Vaccination in Bombay 1924-1928 - 1924-1928
Year: 1924
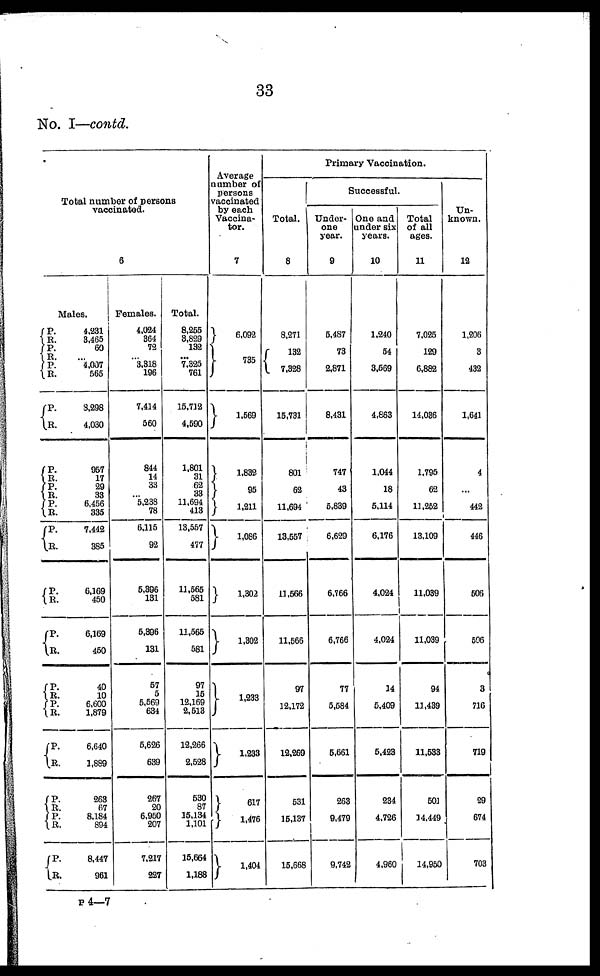
33
No. I—contd.
Total number of persons
vaccinated.
6
Males.
P.
R.
P.
R.
P.
R.
P.
R.
P.
R.
P.
R.
P.
R.
P.
R.
P.
R.
P.
R.
P.
R.
P.
R.
P.
R.
P. R.
P.
R.
P.
R.
4,231
3,465
60
... 4,007
565
3,298
4,030
957
17
29
33
6,456
335
7,442
385
6,169
450
6,169
450
40
10
6,600
1,879
6,640
1,889
263
67
8,184
894
8,447
961
Females.
4,024
364
72
... 3,318
196
7,414
560
844
14
33
... 5,238
78
6,115
92
5,396
131
5,396
131
57
5
5,569
634
5,626
639
267
20
6,950
207
7,217
227
Total.
8,255
3,829
132
... 7,325
761
15,712
4,590
1,801
31
62
33
11,694
413
13,557
477
11,565
581
11,565
581
97
15
12,169
2,513
12,266
2,528
530
87
15,134
1,101
15,664
1,188
Average
Number of
persons
vaccinated
by each
Vaccina¬
tor.
7
6,092
735
1,569
1,832
95
1,211
1,086
1,302
1,302
1,233
1,233
617
1,476
1,404
Primary Vaccination.
Total.
8
8,271
132
7,328
15,731
801
62
11,694
13,557
11,566
11,566
97
12,172
12,269
531
15,137
15,668
Successful.
Under
one
year.
9
5,487
73
2,871
8,431
747
43
5,839
6,629
6,766
6,766
77
5,584
5,661
263
9,479
9,742
One and
under six
years.
10
1,240
54
3,569
4,863
1,044
18
5,114
6,176
4,024
4,024
14
5,409
5,423
234
4,726
4,960
Total
of all
ages.
11
7,025
129
6,882
14,036
1,795
62
11,252
13,109
11,039
11,039
94
11,439
11,533
501
14,449
14,950
Un-
known.
13
1,206
3
432
1,641
4
...
442
446
506
506
3
716
719
29
674
703
P 4—7